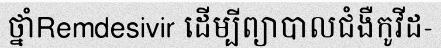
ថ្នាំRemdesivir ដើម្បីព្យាបាលជំងឺកូវីដ-